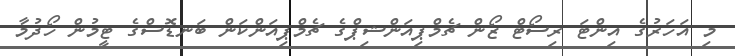
މި އަހަރުގެ އިންޓަ ރިސޯޓް ޒޯން ޗެމްޕިއަންޝިޕްގެ ޗެމްޕިއަންކަން ބަނޑޮސްގެ ޓީމުން ހޯދުމާ